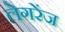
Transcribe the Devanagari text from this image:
लेगरेंज